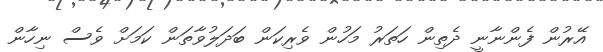
އޭރުން ފެންނާނީ ދެތިން ހަތަރު މަހުން ވެރިކަން ބަދަލުވާތަން ކަމަށް ވެސް ނިހާން